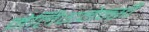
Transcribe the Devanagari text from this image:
मेलिगनेन्सी